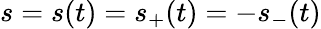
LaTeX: s=s(t)=s_{+}(t)=-s_{-}(t)